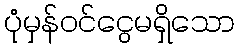
ပုံမှန်ဝင်ငွေမရှိသော